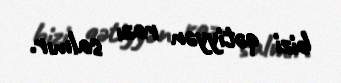
bizi qətiyyən razı salmır.